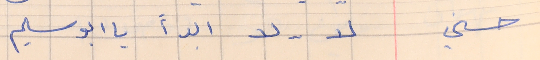
حسني          لا  . . لا ابداً يا ابو سليم